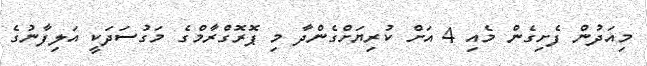
މިއަދުން ފެށިގެން މެއި 4 އަށް ކުރިޔަށްގެންދާ މި ޕޮރޮގްރާމްގެ މަގުސަދަކީ އަލިފާނުގެ